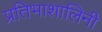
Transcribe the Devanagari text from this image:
प्रतिभाशालिनी